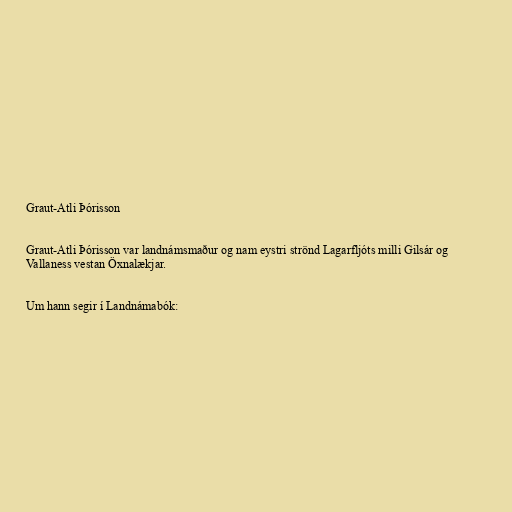
Graut-Atli Þórisson

Graut-Atli Þórisson var landnámsmaður og nam eystri strönd Lagarfljóts milli Gilsár og
Vallaness vestan Öxnalækjar.

Um hann segir í Landnámabók: